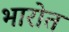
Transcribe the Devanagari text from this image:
भारोत